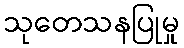
သုတေသနပြုမှု